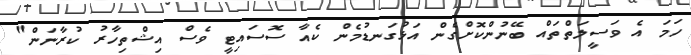
ހަމަ އެ ވަސީލަތްތައް ބޭނުންކޮށްގެން އަޅުގަނޑުމެން ކެއާ ސޮސައިޓީ ވެސް އިޝްތިހާރު ކުރާނަން"